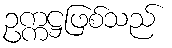
ဥက္ကဋ္ဌဖြစ်သည်